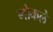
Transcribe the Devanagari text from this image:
मोकले